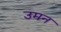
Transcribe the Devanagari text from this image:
उमन